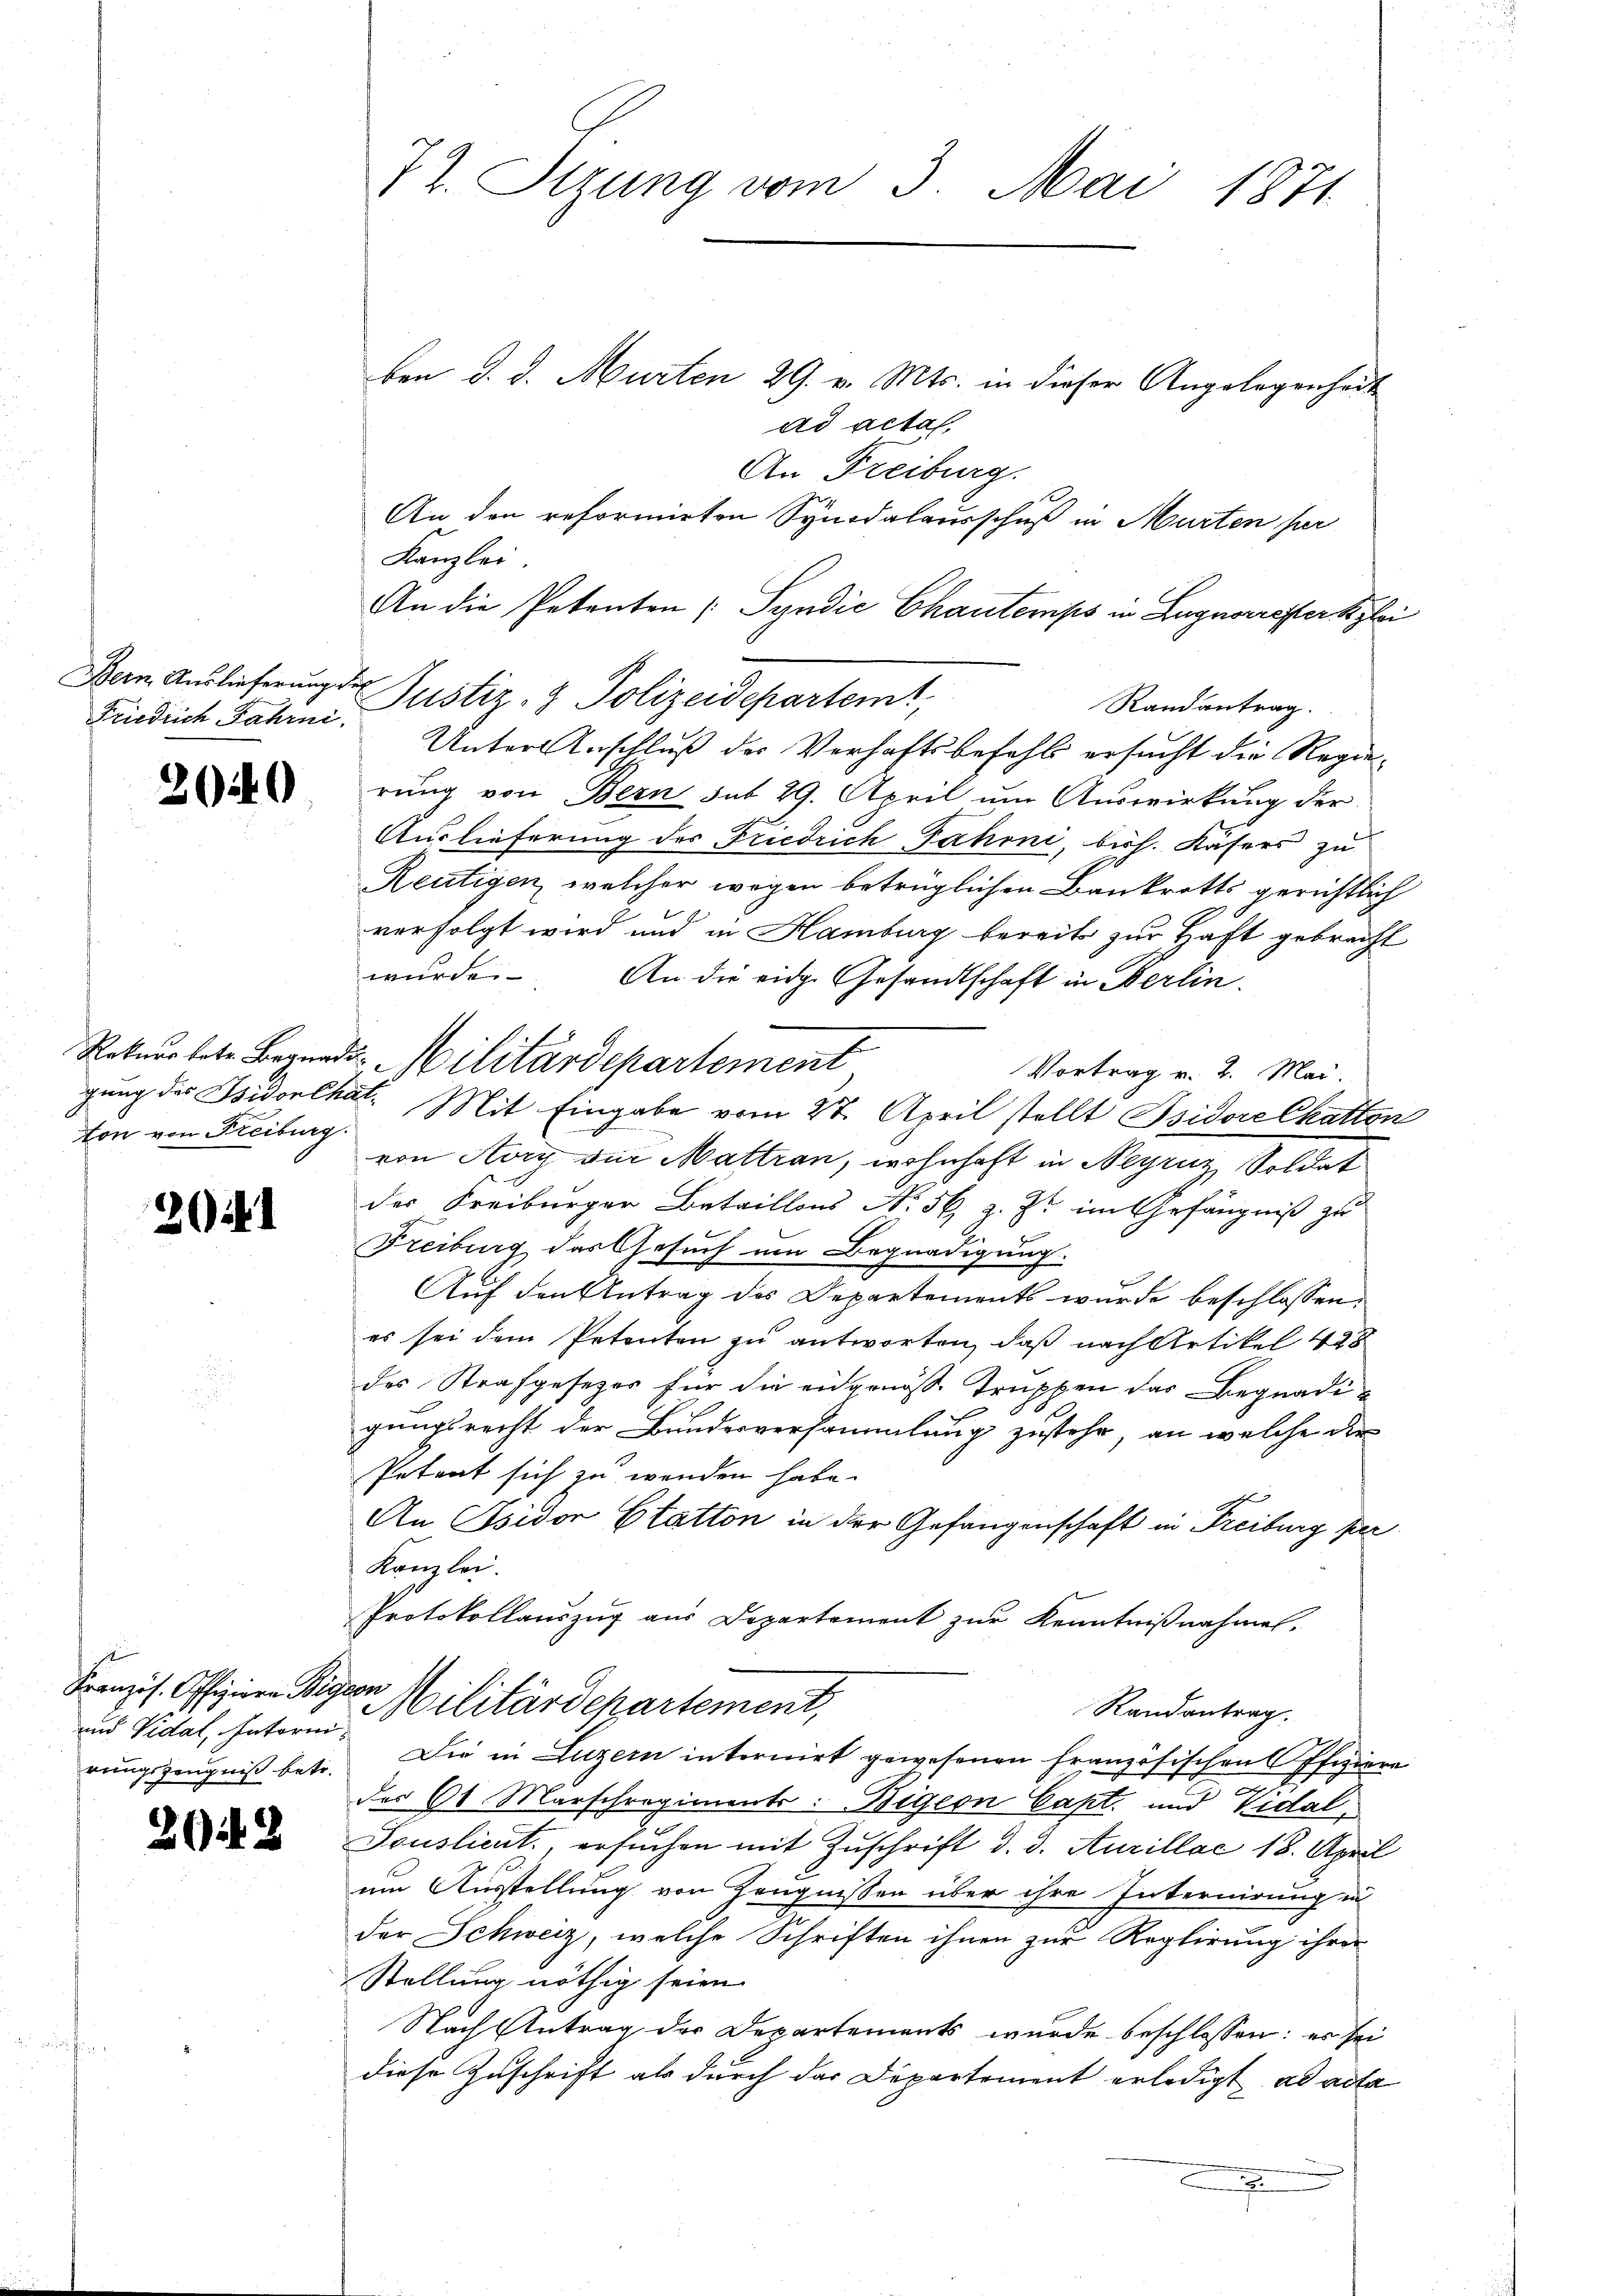
Bern Auslieferung der

209

ton von Freiburg.

20

und Vidat, Interni

22

72. Sizung vom 3. Mai 1871

Friedrich Jahre Justiz- & Polizeidepartem

ben d. d. Murten 29. v. Mts. in dieser Angelegenheit
ad actal.
An Freiburg.
An den reformirten Synodalausschuß in Murten fr
Kanzlei.
Unter Anschluß der Verhaftsbefehls ersucht die Regierung von Bern sub 29. April um Auswirkung der
Auslieferung des Friedrich Fahrni, bish. Kasers zu
Reutigen, welcher wegen betrüglichen Bankrotts gerichtlich
verfolgt wird und in Hamburg bereit zur Haft gebracht
wurde. An die eidge Gesandtschaft in Berlin.
Vortrag v. 2. Mai.
gung des Isidorlhat. Mit Eingabe vom 27. April stellt Isidore Chatter
von Aury der Mattran, wohnhaft in Neyruz Soldat
der Freiburger Bataillons No. 56 z. Zt. im Gefängniß zu
Freiburg das Gesuch um Begnadigung.
Auf den Antrag des Departements wurde beschlossen,
es sei dem Petenten zu antworten, daß nach Artikel 448
des Strafgesetzes für die eidgenösse Truppen das Begnadig
gungsrecht der Bundesversammlung zustehe, an welche der
Petent sich zu wenden habe.
An Isidor Statten in der Gefangenschaft in Freiburg per
Kanzlei.
Protokollauszug aus Departement zur Kenntnißnahmen,
Franzis. Offizieren Wiger Militärdchartement,
Randantrag.
rungszeugniß betr. Die in Luzern internirt gewesenen Französischen Offiziere
der 60. Marschregiments: Bigern Capt. und Vidal¬
Souslieut., ersuchen mit Zuschrift d. d. Aucillac 18. April
um Ausstellung von Zeugnissen über ihre Internirung in
der Schweiz, welche Schriften ihnen zur Reglirung ihrer
Stellung nöthig seien.
Nach Antrag der Departements wurde beschlossen: es sei
diese Zuschrift als durch das Departement erledigt ad acta
z

Rekurrtete Begnade Militärdepartement

An die Petenten Syndić Chautemps in Lugnorrester kolor
Randantrag.